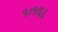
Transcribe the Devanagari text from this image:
१।१।६६